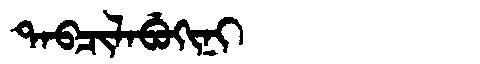
Manchu: ᡨᠠᠪᠴᡳᠯᠠᠪᡠᡴᡳᠨᡳ
Romanization: TABCILABUKINI